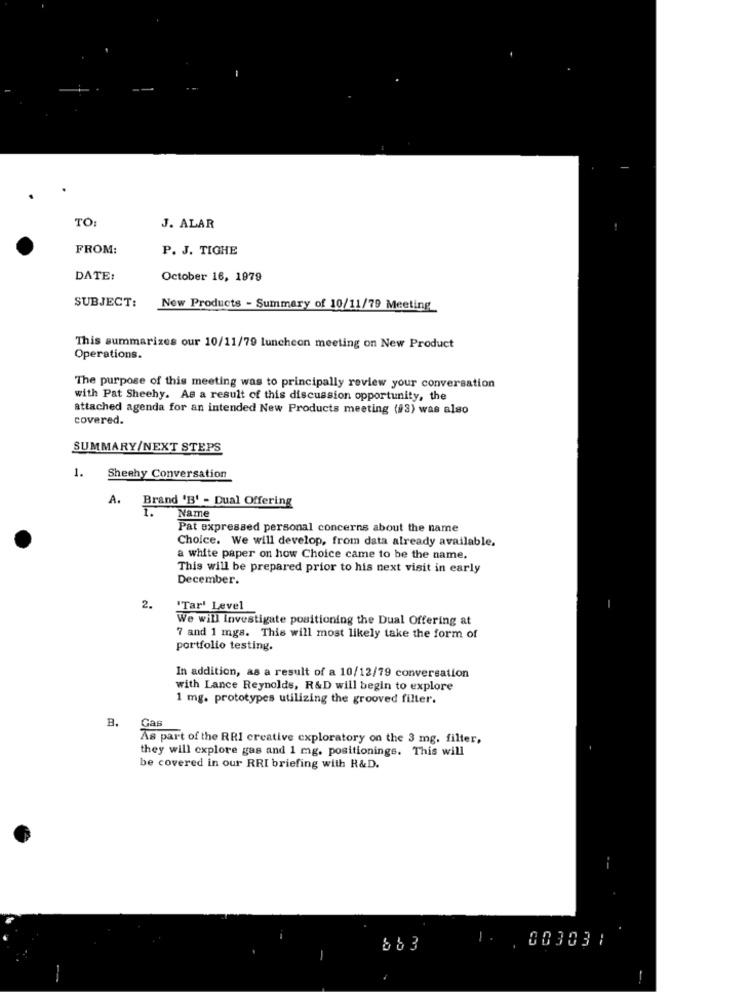
TO:
J. ALAR
FROM:
P. J. TIGHE
DATE:
October 16, 1979
SUBJECT:
New Products - Summary of 10/11/79 Meeting
This summarizes our 10/11/79 luncheon meeting on New Product
Operations.
The purpose of this meeting was to principally review your conversation
with Pat Sheehy. As a result of this discussion opportunity, the
attached agenda for an intended New Products meeting (93) was also
covered.
SUMMARY/NEXT STEPS
1.
Sheehy Conversation
A. Brand 'B' - Dual Offering
Name
Pat expressed personal concerns about the name
Choice. We will develop, from data already available.
a white paper on how Choice came to be the name.
This will be prepared prior to his next visit in early
December.
2.
"Tar' Level
We will Investigate positioning the Dual Offering at
7 and 1 mgs. This will most likely take the form of
portfolio testing.
In addition, as a result of a 10/12/79 conversation
with Lance Reynolds, R&D will begin to explore
1 mg. prototypes utilizing the grooved filter.
B.
Gas
As part of the RRI creative exploratory on the 3 mg, filter,
they will explore gas and 1 mg. positioninge. This will
be covered in our RRI briefing with R&D.
1.
003031
663
-